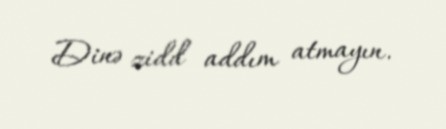
Dinə zidd addım atmayın.